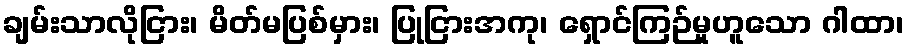
ချမ်းသာလိုငြား၊ မိတ်မပြစ်မှား၊ ပြုငြားအကု၊ ရှောင်ကြဉ်မှုဟူသော ဂါထာ၊